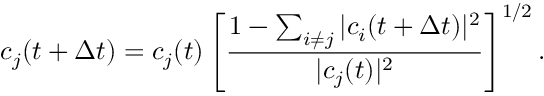
c _ { j } ( t + \Delta t ) = c _ { j } ( t ) \left[ \frac { 1 - \sum _ { i \neq j } | c _ { i } ( t + \Delta t ) | ^ { 2 } } { | c _ { j } ( t ) | ^ { 2 } } \right] ^ { 1 / 2 } .